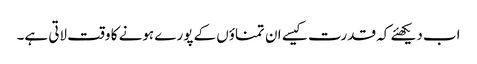
اب دیکھئے کہ قدرت کیسے ان تمناؤں کے پورے ہونے کا وقت لاتی ہے۔